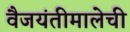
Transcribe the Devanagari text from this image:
वैजयंतीमालेची